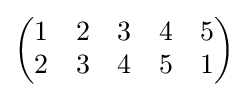
\left({\begin{matrix}1&2&3&4&5\\2&3&4&5&1\end{matrix}}\right)